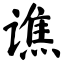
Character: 谯